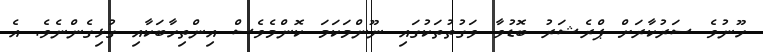
ހޫނުވެ ސަރުކާރަށް ޕްރެޝަރު ބޮޑުވާ ވަގުތުތަކުގައި ނޫންމަކަމަ ކޮންމެވެސް އިންތިހާބަކާއި ގުޅިގެންނެވެ. އެ